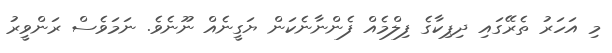
މި އަހަރު ތެރޭގައި ދިޕިކާގެ ފިލްމެއް ފެންނާނެކަން ޔަގީނެއް ނޫނެވެ. ނަމަވެސް ރަންވީރު